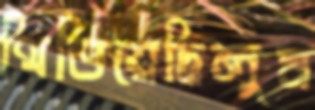
থিতিয়েছিলুম